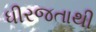
ધીરજતાથી